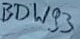
Text: BDW93